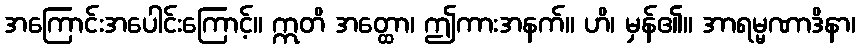
အကြောင်းအပေါင်းကြောင့်။ ဣတိ အတ္ထော၊ ဤကားအနက်။ ဟိ၊ မှန်၏။ အာရမ္မဏာဒိနာ၊